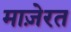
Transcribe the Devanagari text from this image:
माज़ेरत